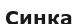
Синка